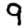
Digit: 9